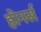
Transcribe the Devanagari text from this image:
होनर्स